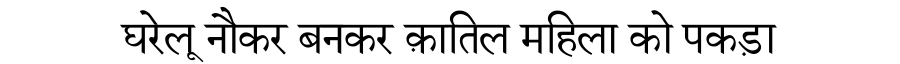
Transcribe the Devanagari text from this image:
घरेलू नौकर बनकर क़ातिल महिला को पकड़ा